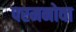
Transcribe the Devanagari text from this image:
परमनोवा